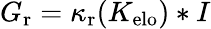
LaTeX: G_{\mathrm{r}}=\kappa_{\mathrm{r}}(K_{\mathrm{elo}})*I